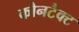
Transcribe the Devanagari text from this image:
कौनटैक्ट